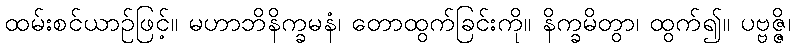
ထမ်းစင်ယာဉ်ဖြင့်။ မဟာဘိနိက္ခမနံ၊ တောထွက်ခြင်းကို။ နိက္ခမိတွာ၊ ထွက်၍။ ပဗ္ဗဇ္ဇိ၊